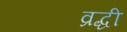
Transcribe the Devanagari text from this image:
व्रद्धी